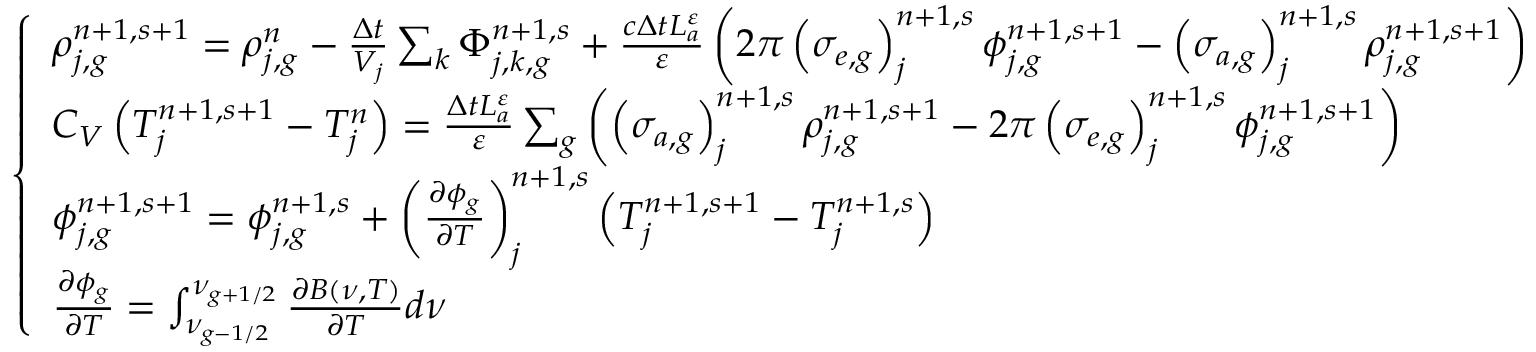
\left\{ \begin{array} { l } { { \rho _ { j , g } ^ { n + 1 , s + 1 } = \rho _ { j , g } ^ { n } - \frac { \Delta t } { V _ { j } } \sum _ { k } \Phi _ { j , k , g } ^ { n + 1 , s } + \frac { c \Delta t L _ { a } ^ { \varepsilon } } { \varepsilon } \left( 2 \pi \left( \sigma _ { e , g } \right) _ { j } ^ { n + 1 , s } \phi _ { j , g } ^ { n + 1 , s + 1 } - \left( \sigma _ { a , g } \right) _ { j } ^ { n + 1 , s } \rho _ { j , g } ^ { n + 1 , s + 1 } \right) } } \\ { { C _ { V } \left( T _ { j } ^ { n + 1 , s + 1 } - T _ { j } ^ { n } \right) = \frac { \Delta t L _ { a } ^ { \varepsilon } } { \varepsilon } \sum _ { g } \left( \left( \sigma _ { a , g } \right) _ { j } ^ { n + 1 , s } \rho _ { j , g } ^ { n + 1 , s + 1 } - 2 \pi \left( \sigma _ { e , g } \right) _ { j } ^ { n + 1 , s } \phi _ { j , g } ^ { n + 1 , s + 1 } \right) } } \\ { { \phi _ { j , g } ^ { n + 1 , s + 1 } = \phi _ { j , g } ^ { n + 1 , s } + \left( \frac { \partial \phi _ { g } } { \partial T } \right) _ { j } ^ { n + 1 , s } \left( T _ { j } ^ { n + 1 , s + 1 } - T _ { j } ^ { n + 1 , s } \right) } } \\ { { \frac { \partial \phi _ { g } } { \partial T } = \int _ { \nu _ { g - { 1 \mathord { \left/ { \vphantom { 1 2 } } \right. \kern - \nulldelimiterspace } 2 } } } ^ { \nu _ { g + { 1 \mathord { \left/ { \vphantom { 1 2 } } \right. \kern - \nulldelimiterspace } 2 } } } \frac { \partial B \left( \nu , T \right) } { \partial T } d \nu } } \end{array} \right.